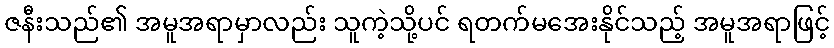
ဇနီးသည်၏ အမူအရာမှာလည်း သူကဲ့သို့ပင် ရတက်မအေးနိုင်သည့် အမူအရာဖြင့်